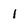
Character: 1